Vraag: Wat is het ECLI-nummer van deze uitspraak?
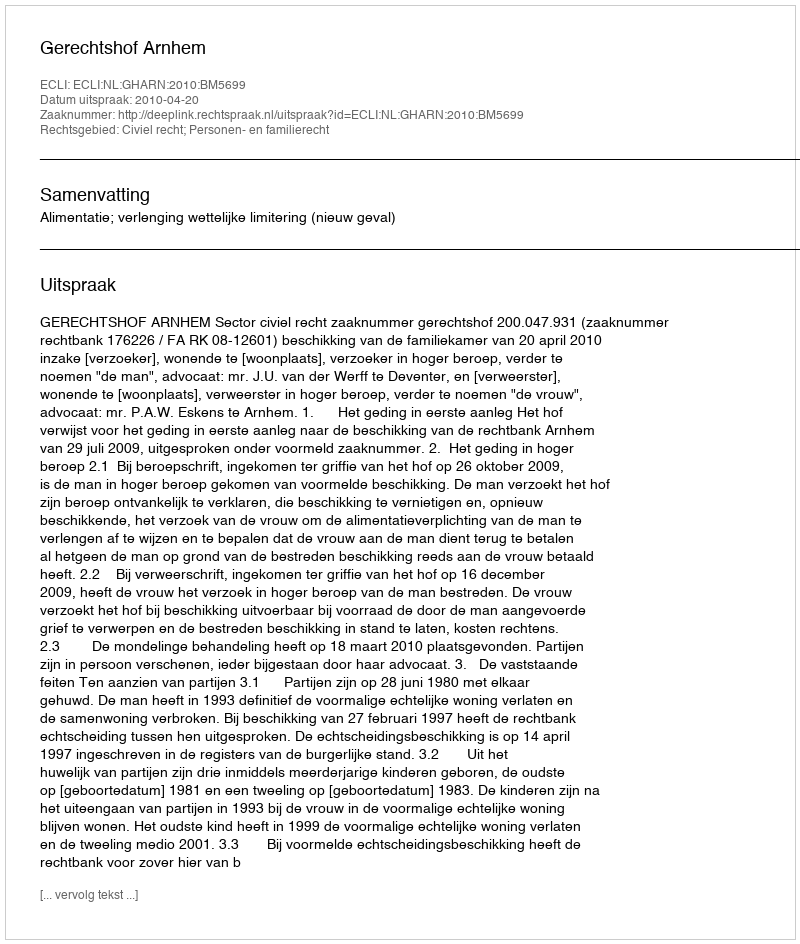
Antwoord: ECLI:NL:GHARN:2010:BM5699